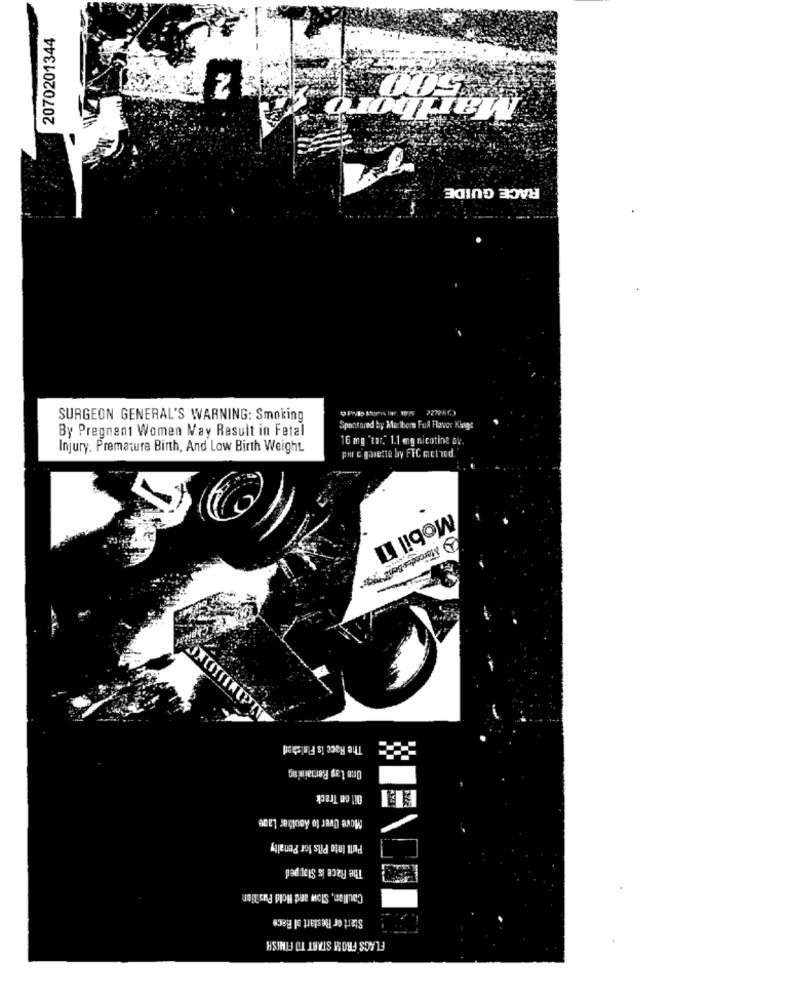
2070201344
2
Marlboro
RACE GUIDE
SURGEON GENERAL'S WARNING: Smoking
By Pregnant Women May Result in Fetal
Sponsored by Maribora Full Flavor Kings
16 mg 'tar," 1.1 mg nicotine av.
Injury. Premature Birth, And Low Birth Weight.
per c garette by FTC met rod.
Mobil 11
Mercedes-Benz
The Race is Finished
One Lap Remaining
Oil on Track
Move Over to Acolber Lage
Pull Into Pils for Penalty
The Race is Stopped
Caullen, Slow and Hold Pas tien
Start or Restart ol Face
FLAGS FROM START TO FINISH